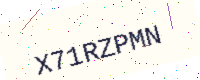
Text: X71RZPMN